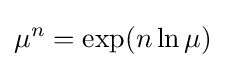
\mu ^{n}=\exp(n\ln \mu )